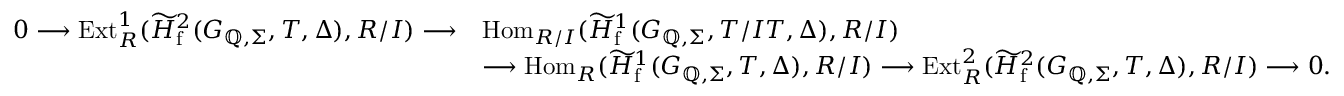
\begin{array} { r l } { 0 \longrightarrow \mathrm { E x t } _ { R } ^ { 1 } ( \widetilde { H } _ { \mathrm { f } } ^ { 2 } ( G _ { \mathbb { Q } , \Sigma } , T , \Delta ) , R / I ) \longrightarrow } & { \mathrm { H o m } _ { R / I } ( \widetilde { H } _ { \mathrm { f } } ^ { 1 } ( G _ { \mathbb { Q } , \Sigma } , T / I T , \Delta ) , R / I ) } \\ & { \longrightarrow \mathrm { H o m } _ { R } ( \widetilde { H } _ { \mathrm { f } } ^ { 1 } ( G _ { \mathbb { Q } , \Sigma } , T , \Delta ) , R / I ) \longrightarrow \mathrm { E x t } _ { R } ^ { 2 } ( \widetilde { H } _ { \mathrm { f } } ^ { 2 } ( G _ { \mathbb { Q } , \Sigma } , T , \Delta ) , R / I ) \longrightarrow 0 . } \end{array}